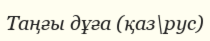
Таңғы дұға (қаз\рус)